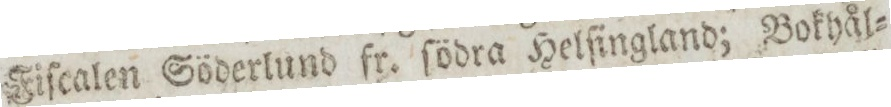
Fiſcalen Söderlund fr. ſödra Helſingland; Bokyål=